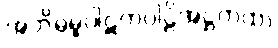
အဘိဓမ္ဓပါဋကပါဠိအဋ္ဌကထာ